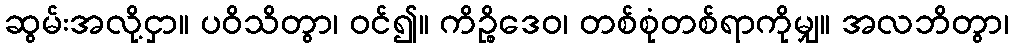
ဆွမ်းအလို့ငှာ။ ပဝိသိတွာ၊ ဝင်၍။ ကိဉ္စိဒေဝ၊ တစ်စုံတစ်ရာကိုမျှ။ အလဘိတွာ၊